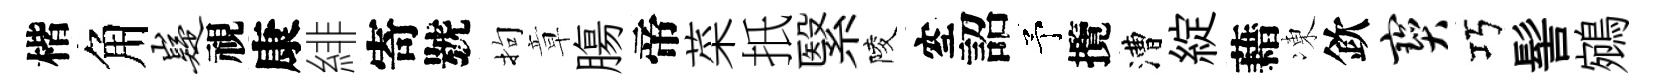
楷角嶷視康緋寄號拘章膓帝菜扺繄陵空詔予攬漕綻藉凍欽宝巧髻鵷